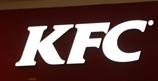
kfc